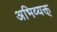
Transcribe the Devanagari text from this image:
अभिव्यक्त्